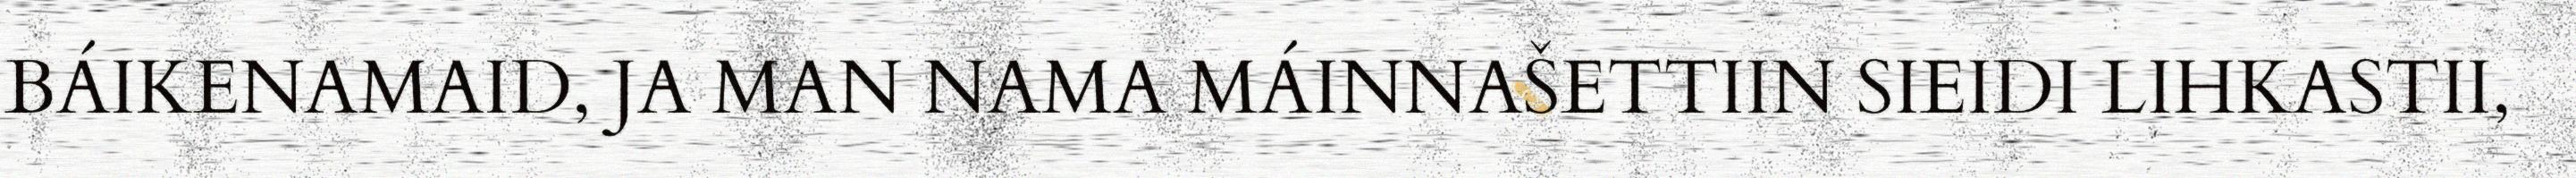
BÁIKENAMAID, JA MAN NAMA MÁINNAŠETTIIN SIEIDI LIHKASTII,